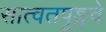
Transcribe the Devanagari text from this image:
सात्वतपुङ्गवे